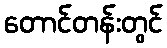
တောင်တန်းတွင်